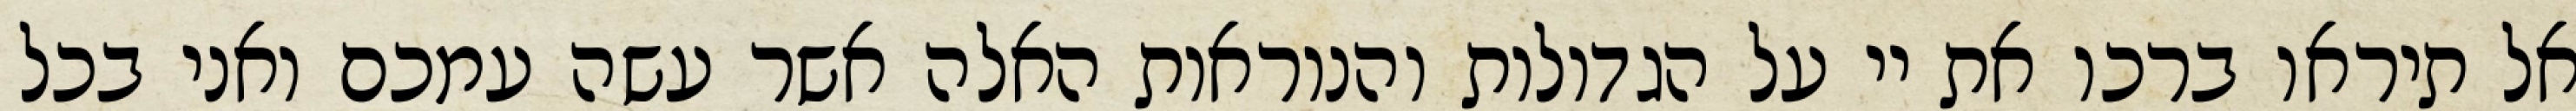
אל תיראו ברכו את יי על הגדולות והנוראות האלה אשר עשה עמכם ואני בכל